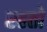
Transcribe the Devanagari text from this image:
रहतो